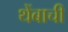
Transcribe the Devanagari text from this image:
थेंबाची